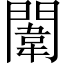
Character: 闈